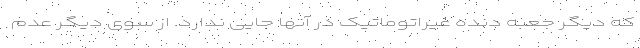
که دیگر جعبه دنده غیراتوماتیک در آنها جایی ندارد. از سوی دیگر عدم